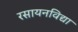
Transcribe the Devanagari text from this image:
रसायनविद्या